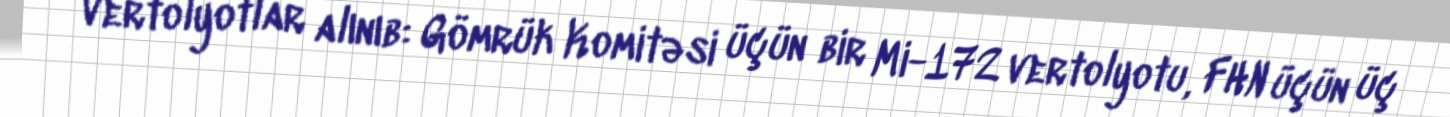
vertolyotlar alınıb: Gömrük Komitəsi üçün bir Mi-172 vertolyotu, FHN üçün üç